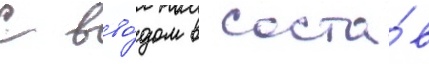
С вво́дом в соста́в